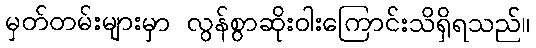
မှတ်တမ်းများမှာ လွန်စွာဆိုးဝါးကြောင်းသိရှိရသည်။